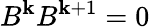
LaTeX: B^{\mathbf{k}}B^{\mathbf{k}+1}=0